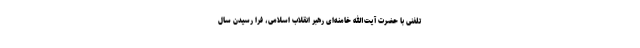
تلفنی با حضرت آیت‌الله خامنه‌ای رهبر انقلاب اسلامی، فرا رسیدن سال